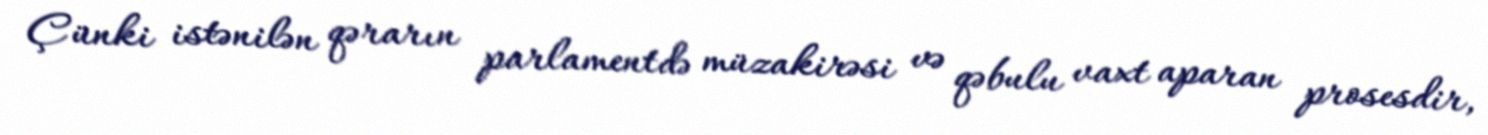
Çünki istənilən qərarın parlamentdə müzakirəsi və qəbulu vaxt aparan prosesdir,